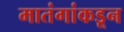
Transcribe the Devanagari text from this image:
मातंगांकडून